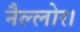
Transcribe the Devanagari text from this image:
नैल्‍लोर।